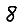
Digit: 8